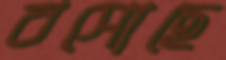
বসোছে